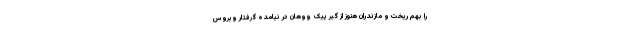
را بهم ریخت و مازندران هنوز از گیر پیک ووهان در نیامده گرفتار ویروس